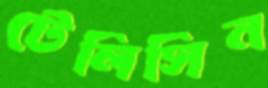
টেলিসিন